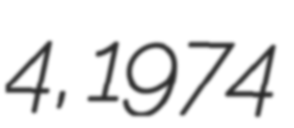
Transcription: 4, 1974